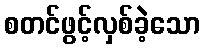
စတင်ဖွင့်လှစ်ခဲ့သော